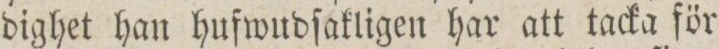
dighet han hufwudſakligen har att tacka för